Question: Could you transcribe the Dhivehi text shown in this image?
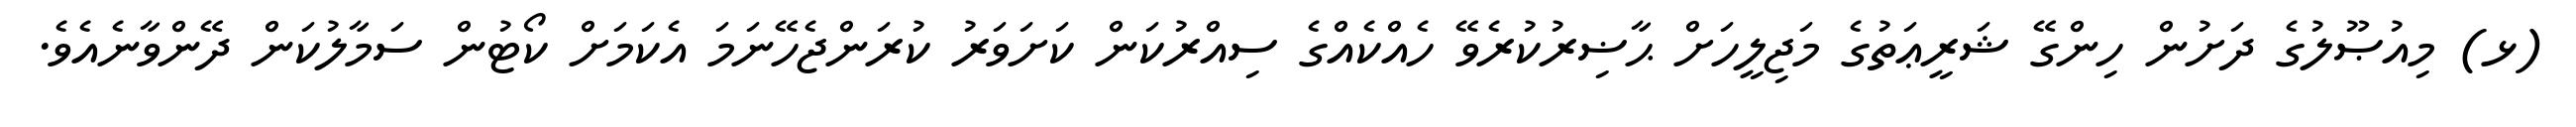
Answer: (ޅ) މިއުޞޫލުގެ ދަށުން ހިންގޭ ޝަރީޢަތުގެ މަޖިލީހަށް ޙާޟިރުކުރެވޭ ހެއްކެއްގެ ސިއްރުކަން ކަށަވަރު ކުރަންޖެހޭނަމަ އެކަމަށް ކޯޓުން ސަމާލުކަން ދޭންވާނެއެވެ.